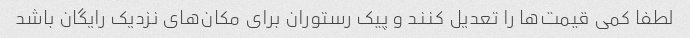
لطفا کمی قیمت‌ها را تعدیل کنند و پیک رستوران برای مکان‌های نزدیک رایگان باشد